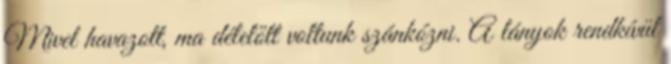
Mivel havazott, ma délelőtt voltunk szánkózni. A lányok rendkívül